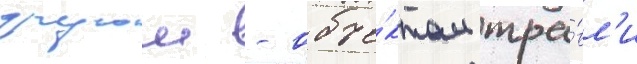
другои - объе́ктом тра́вл'и